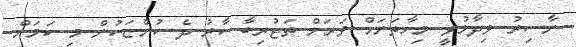
ނާސިރު ވިދާޅުވީ މިހާތަނަށް ވަރަށް ތަޖުރިބާ ކާރު ދެ ކުންޏަކުން މި ކަމަށް